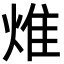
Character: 焳